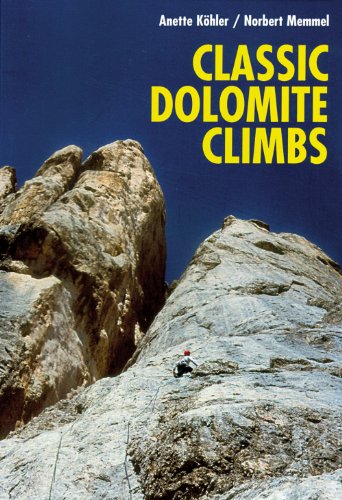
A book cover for Classic Dolomite Climbs: 102 High Quality Rock-Climbs Between the UIAA Grades III and VII; Anette Kohler; Sports & Outdoors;